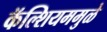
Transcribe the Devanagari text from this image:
कॅल्शियममुळे